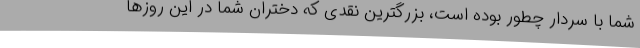
شما با سردار چطور بوده است، بزرگترین نقدی که دختران شما در این روزها